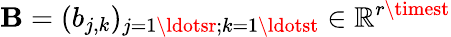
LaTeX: \mathbf{B}=(b_{j,k})_{j=1\ldotsr;k=1\ldotst}\in\mathbb{{R}}^{r\timest}